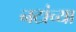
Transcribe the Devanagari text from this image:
नटांच्या